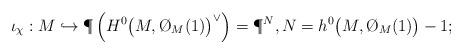
LaTeX: \begin{align*}\iota_\chi : M \hookrightarrow \P\left( H^0\big(M, \O_M(1) \big)^\vee \right) = \P^N, N = h^0\big( M, \O_M(1) \big) -1;\end{align*}